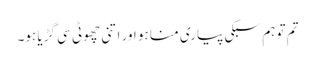
تم تو ہم سبکی پیاری منا ہو اور اتنی چھوٹی سی گڑیا ہو۔